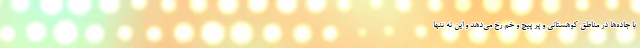
با جاده‌ها در مناطق کوهستانی و پر پیچ و خم رخ می‌دهد و این نه تنها